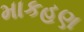
માકહણ